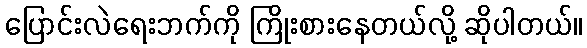
ပြောင်းလဲရေးဘက်ကို ကြိုးစားနေတယ်လို့ ဆိုပါတယ်။